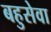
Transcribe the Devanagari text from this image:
बहुसेवा